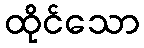
ထိုင်သော